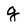
Character: g